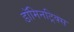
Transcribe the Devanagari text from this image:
डॉमिनट्रिक्स